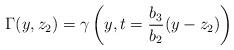
LaTeX: \begin{align*}\Gamma(y,z_2)=\gamma\left(y,t=\frac{b_3}{b_2}(y-z_2)\right)\end{align*}